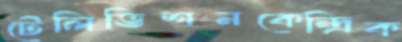
টেলিভিশনকেন্দ্রিক